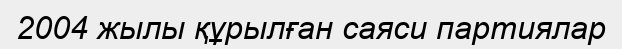
2004 жылы құрылған саяси партиялар